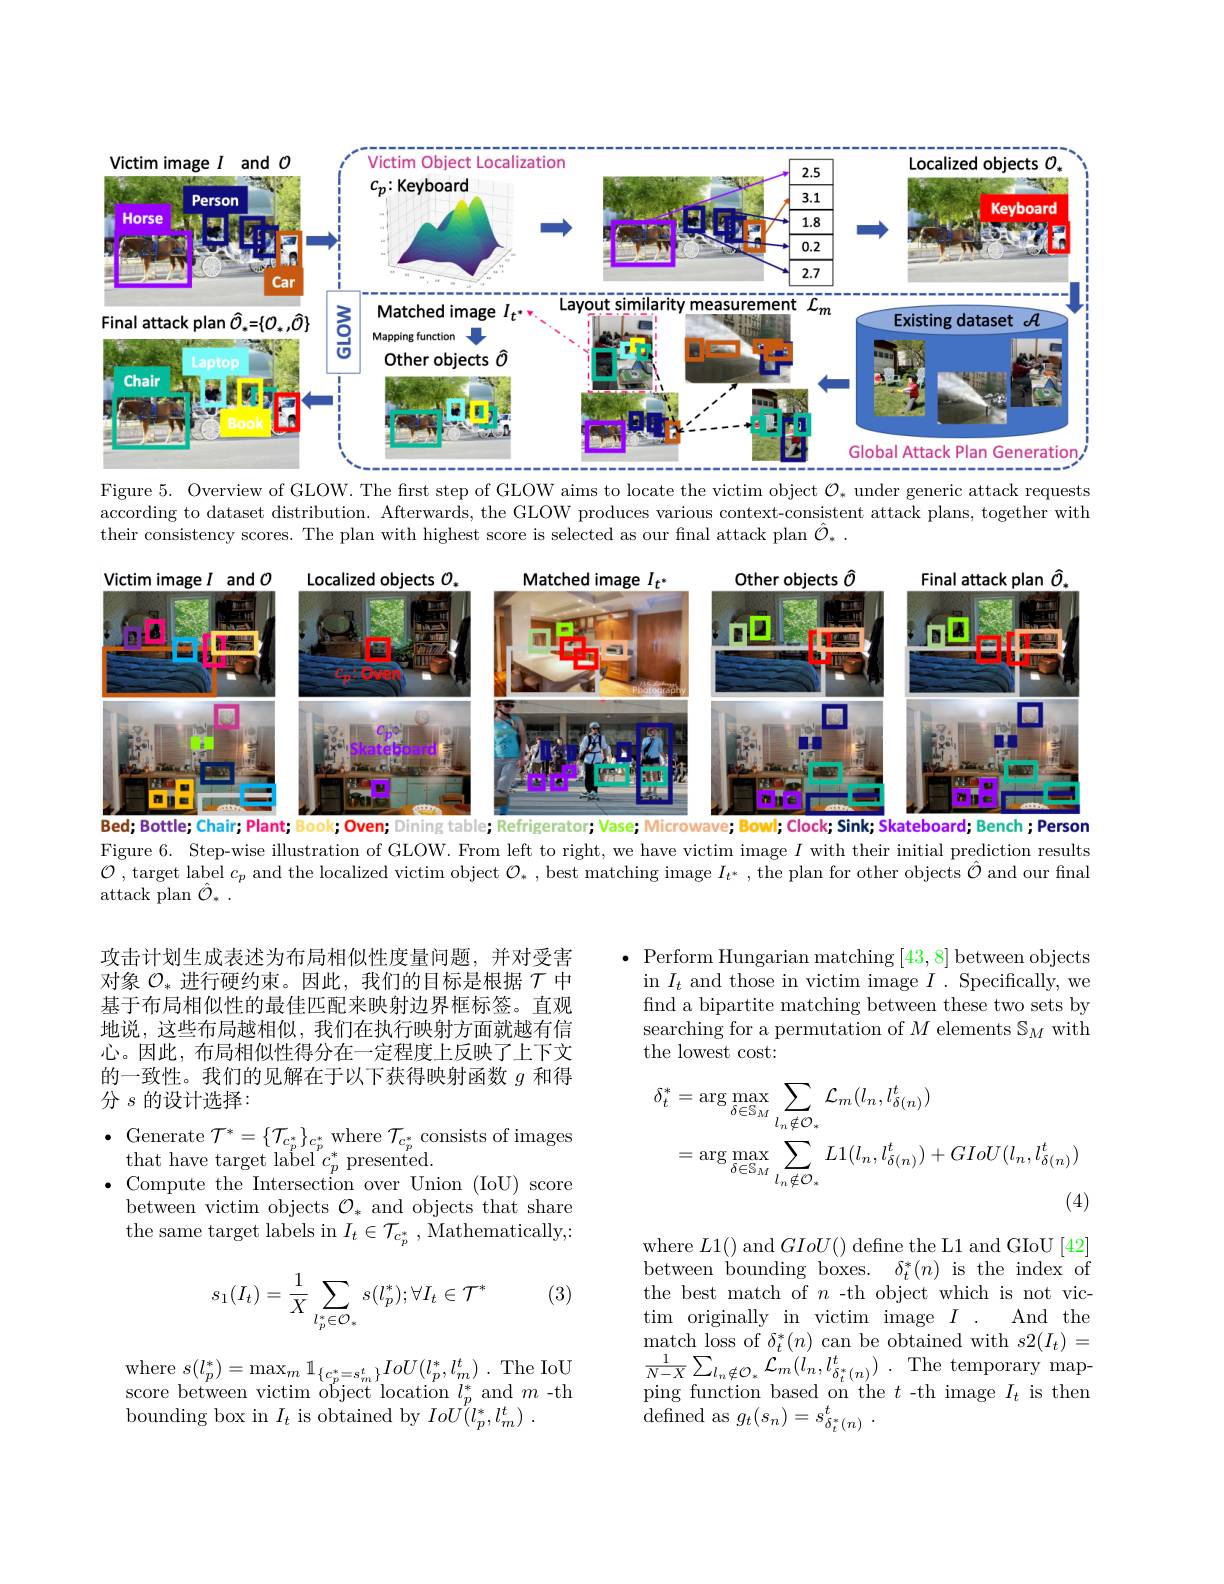
<FigureHere>

Figure 5. Overview of GLOW. The frst step of GLOW aims to locate the victim object $\mathcal{O}_*$ under generic attack requests

according to dataset distribution. Afterwards, the GLOW produces various context-consistent attack plans, together with
their consistency scores. The plan with highest score is selected as our final attack plan $\hat{\mathcal{O}}_*.$

<FigureHere>
Bed; Bottle; Chair; Plant; Book; Oven; Dining table; Refrigerator; Vase; Microwave;
; Clock; Sink; Skateboard; Bench; Persor

Figure 6. Step-wise illustration of GLOW. From left to right, we have victim image $I$ with their initial prediction results

$\mathcal{O}$ ,target label $c_p$ and the localized victim object $\mathcal{O}_*$, best matching image $I_t^*$, the plan for other objects $\hat{\mathcal{O}}$ and our final

$\operatorname { \mathrm{attack~plan~}} \hat{\mathcal{O} } _{* }$ .

Perform Hungarian matching [43,8] between objects in $I_t$ and those in victim image $I.$ Specifically, we find a bipartite matching between these two sets by searching for a permutation of $M$ elements $\mathbb{S}_M$ with the lowest cost:

攻击计划生成表述为布局相似性度量问题，并对受害对象$\mathcal{O}_*$进行硬约束。因此，我们的目标是根据$\mathcal{T}$中基于布局相似性的最佳匹配来映射边界框标签。直观地说，这些布局越相似，我们在执行映射方面就越有信心。因此，布局相似性得分在一定程度上反映了上下文的一致性。我们的见解在于以下获得映射函数$g$和得分$s$的设计选择：
$$\begin{aligned}\delta_{t}^{*}&=\arg\max_{\delta\in\mathbb{S}_{M}}\sum_{l_{n}\notin\mathcal{O}_{*}}\mathcal{L}_{m}(l_{n},l_{\delta(n)}^{t})\\&=\arg\max_{\delta\in\mathbb{S}_{M}}\sum_{l_{n}\notin\mathcal{O}_{*}}L1(l_{n},l_{\delta(n)}^{t})+GIoU(l_{n},l_{\delta(n)}^{t})\end{aligned}$$
$\bullet$ Generate $\mathcal{T}^*=\{\mathcal{T}_{c_{p}^{*}}\}_{c_{p}^{*}}$ where $\mathcal{T}_{c_{p}^{*}}$ consists of images
$\begin{array}{c}{\mathrm{that~have~target~label~}^{p}c_{p}^{*}~presented.}\\{\mathrm{c}}\end{array}$
$\bullet$ Compute the Intersection over Union (IoU) score $\bar{\text{between victim objects }}\mathcal{O}_{*}$ and objects that share the same target labels in $I_t\in\mathcal{T}_{c_p^*}$, Mathematically;

(3)
$$s_1(I_t)=\dfrac{1}{X}\sum_{l_p^*\in\mathcal{O}_*}s(l_p^*);\forall I_t\in\mathcal{T}^*$$
where $L1()$ and $GIoU()$ define the L1 and GIoU[42] between bounding boxes. $\delta_{t}^{*}(n)$ is the index of the best match of $n$ -th object which is not vic-
And the
tim originally in victim image $I.$
$\operatorname*{match}_{1}$loss of $\delta_t^*(n)$ can be obtained with $s2(I_t)=$ $\frac 1{N- X}\sum _{l_{n}\notin \mathcal{O} _{* }}\mathcal{L} _{m}( l_{n}, l_{\delta _{t}^{* }( n) }^{t})$ . The temporary mapping function based on the $t$ -th image $I_t$ is then $\begin{array}{l}{\mathrm{pmig~1uncuon~ouscu~on~vmo}}\\{\mathrm{defined~as~}g_{t}(s_{n})=s_{\delta_{t}^{*}(n)}^{t}.}\end{array}$

where $s( l_{p}^{* }) = \max _{m}1_{\{ c_{p}^{* }= s_{m}^{t}\} }IoU( l_{p}^{* }, l_{m}^{t})$ .The IoU score between victim object location $l_p^*$ and $m$-th bounding box in $I_{t}$ is obtained by $IoU( l_{p}^{* }, l_{m}^{t})$ .